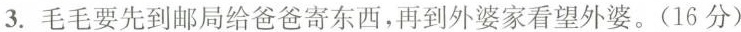
3.毛毛要先到邮局给爸爸寄东西，再到外婆家看望外婆。(16分)